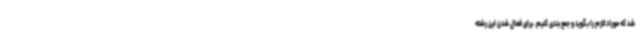
شد که موراد لازم را بگوید و جمع بندی کنیم. برای فعال شدن این رشته